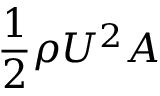
\frac { 1 } { 2 } \rho U ^ { 2 } A